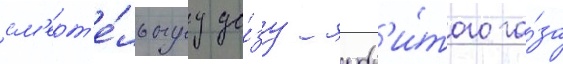
см'ерт'е́льнуу до́зу ядов'и́того га́за